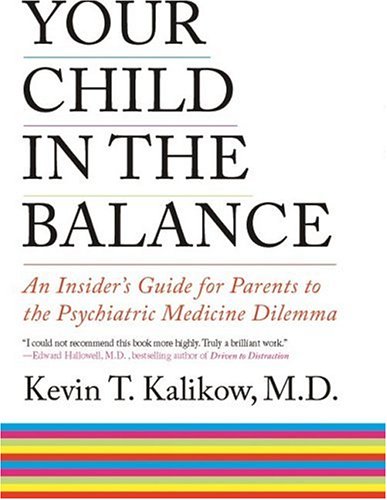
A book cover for Your Child in the Balance; Kevin T. Kalikow; Health, Fitness & Dieting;